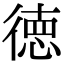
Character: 徳